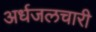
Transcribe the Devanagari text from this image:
अर्धजलचारी